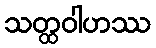
သတ္ထဝါဟဿ